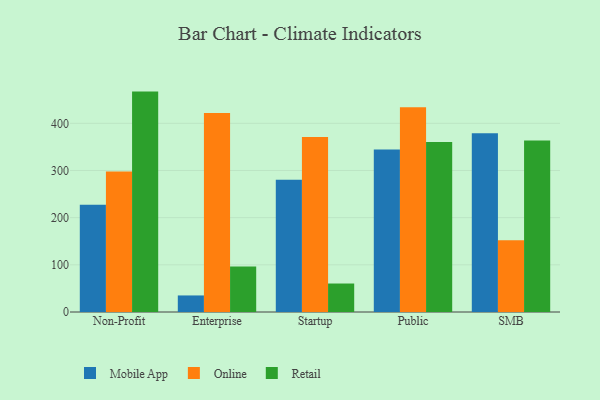
{"axis": {"x": "Segment", "y": "Latency (ms)"}, "legend": ["Mobile App", "Online", "Retail"], "data": [{"x": "Non-Profit", "y": 227.4, "type": "Mobile App"}, {"x": "Non-Profit", "y": 297.9, "type": "Online"}, {"x": "Non-Profit", "y": 467.2, "type": "Retail"}, {"x": "Enterprise", "y": 35.1, "type": "Mobile App"}, {"x": "Enterprise", "y": 422.0, "type": "Online"}, {"x": "Enterprise", "y": 96.6, "type": "Retail"}, {"x": "Startup", "y": 280.1, "type": "Mobile App"}, {"x": "Startup", "y": 370.9, "type": "Online"}, {"x": "Startup", "y": 60.4, "type": "Retail"}, {"x": "Public", "y": 344.4, "type": "Mobile App"}, {"x": "Public", "y": 433.9, "type": "Online"}, {"x": "Public", "y": 360.2, "type": "Retail"}, {"x": "SMB", "y": 379.1, "type": "Mobile App"}, {"x": "SMB", "y": 152.2, "type": "Online"}, {"x": "SMB", "y": 363.6, "type": "Retail"}]}